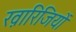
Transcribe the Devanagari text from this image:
ख़ारिजियों